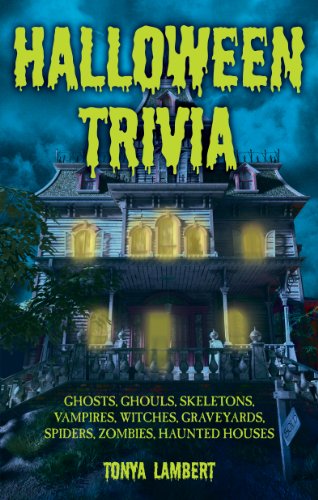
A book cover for Halloween Trivia; Tonya Lambert; Politics & Social Sciences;